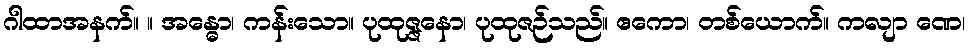
ဂါထာအနက်။ ။ အန္ဓော၊ ကန်းသော။ ပုထုဇ္ဇနော၊ ပုထုဇဉ်သည်။ ဧကော၊ တစ်ယောက်။ ကလျာ ဏေ၊